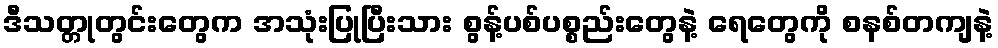
ဒီသတ္တုတွင်းတွေက အသုံးပြုပြီးသား စွန့်ပစ်ပစ္စည်းတွေနဲ့ ရေတွေကို စနစ်တကျနဲ့